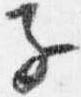
子